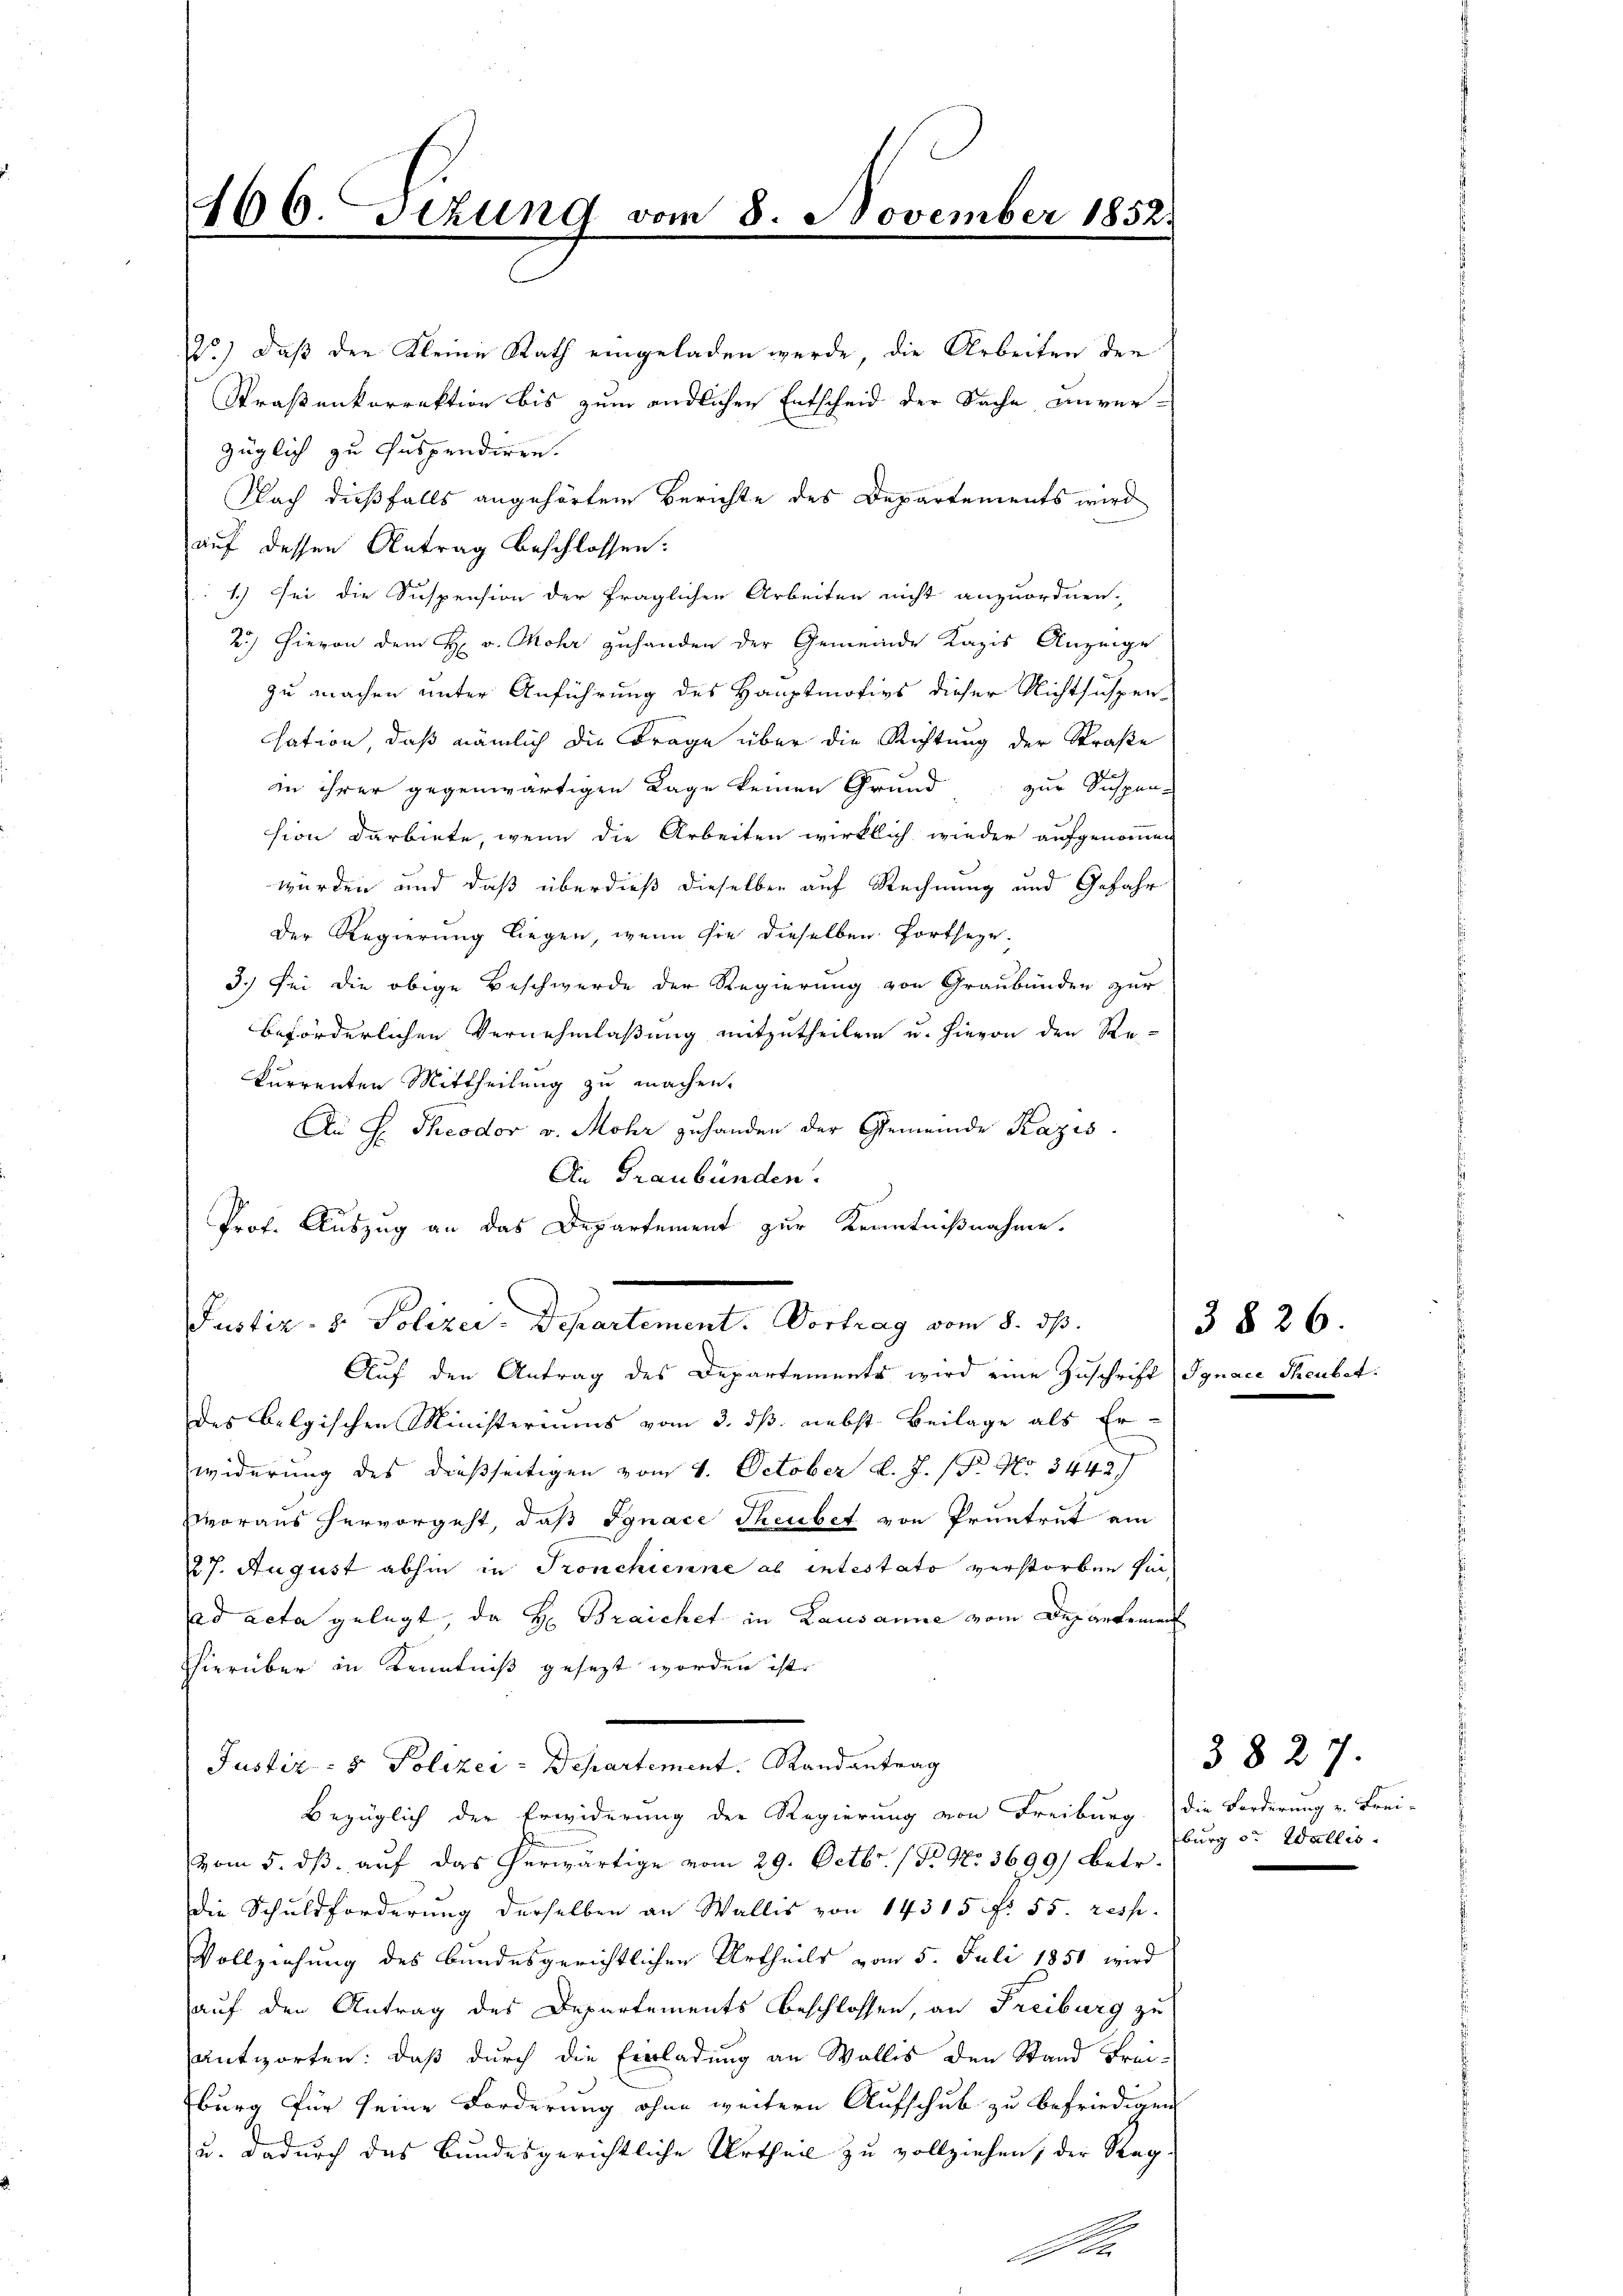
2°) daß der Kleine Rath eingeladen werde, die Arbeiten der
Straßenkorrektion bis zum endlichen Entscheid der Sache anver-
züglich zu suspendiren.
Nach dießfalls angehörten Berichte des Departements wird
auf dessen Antrag beschlossen:
1.) Sei die Suspension der fraglichen Arbeiten nicht anzuordnen.
25) Hievon dem H v. Mohr zuhanden der Gemeinde Kapis Anzeige
zu machen unter Anführung des Hauptmotivs dieser Nichtsuspen-
sation, daß nämlich die Frage über die Richtung der Straße
in ihrer gegenwärtigen Lage keinen Grund zur Suspen-
sion darbiete, wenn die Arbeiten wirklich wieder aufgenommen
wurden und daß überdieß dieselben auf Rechnung und Gefahr
Der Regierung liegen, wenn sie dieselben fortheye
3.) Sei die obige Beschwerde der Regierung von Graubünden zur
beförderlichen Vernehmlaßung mitzutheilen u. hievon den Re-
kurrenten Mittheilung zu machen.
An s. Theodor v. Mohr zuhanden der Gemeinde Razis.
An Graubünden.
Prof. Auszug an das Departement zur Kenntnißnahme.
Justiz- & Polizei-Departement. Vortrag vom 8. ds.
Auf den Antrag des Departements wird eine Zuschrift Ignace Theubet.
des belgischen Ministeriums vom 3. dß. nebst Beilage als Er-
widerung des dießseitigen vom 4. October d. J. (T. No 34427
voraus hervorgeht, daß Jgnace Theubet von Pruntrut ain
27. August abhin in Tronchienne ab intestato verstorben für
ad acta gelegt, da H. Braichet in Lausanne vom Departemen
hierüber in Kenntniß gesezt worden ist.
Justiz: 8 Polizei-Departement. Randantrag
bezüglich der Erwiderung der Regierung von Freiburg die Forderung v. Frei-
vom 5. dß. auf das herwärtige vom 29. Octbr. (No 97. 3699) betr.
die Schuldforderung derselben an Wallis von 14315 f. 55. resp.
Vollziehung des bundesgerichtlichen Urtheils vom 5. Juli 1851 wird
auf den Antrag des Departements beschlossen, an Freiburg zu
antworten: daß durch die Einladung an Wallis den Stand Frei-
burg für seine Forderung ohne weitern Aufschub zu befriedigen
u. dadurch das Bundesgerichtliche Urtheil zu vollziehen, der Reg¬

466. sezung vom 8. November 185

e

3826.

3827.
burg von Wallis.